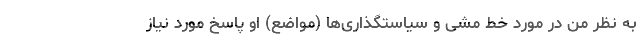
به نظر من در مورد خط مشی و سیاستگذاری‌ها (مواضع) او پاسخ مورد نیاز